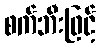
စက်ဘီးဖြင့်